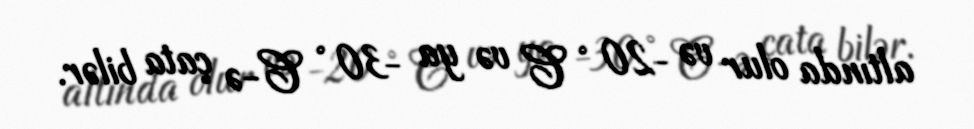
altında olur və −20 ° C və ya −30 ° C-ə çata bilər.